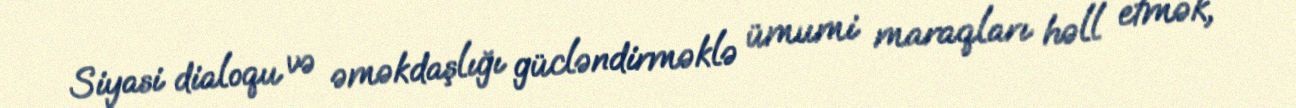
Siyasi dialoqu və əməkdaşlığı gücləndirməklə ümumi maraqları həll etmək,